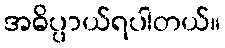
အဓိပ္ပာယ်ရပါတယ်။